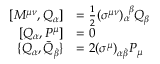
{ \begin{array} { r l } { \left[ M ^ { \mu \nu } , Q _ { \alpha } \right] } & { = { \frac { 1 } { 2 } } ( \sigma ^ { \mu \nu } ) _ { \alpha } ^ { \; \; \beta } Q _ { \beta } } \\ { \left[ Q _ { \alpha } , P ^ { \mu } \right] } & { = 0 } \\ { \{ Q _ { \alpha } , { \bar { Q } } _ { \dot { \beta } } \} } & { = 2 ( \sigma ^ { \mu } ) _ { \alpha { \dot { \beta } } } P _ { \mu } } \end{array} }